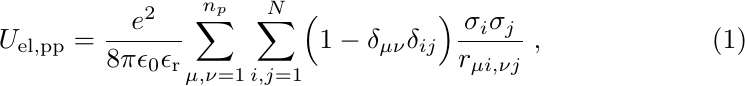
\begin{equation}
U_{\rm el,pp} =
\frac {e^2}{8\pi\epsilon_{0}\epsilon_{\rm r}}
{\sum_{\mu,\nu=1}^{n_{p}}\sum_{i,j =1}^{N}}
\Bigl(1 - \delta_{\mu\nu}\delta_{ij}\Bigr)
\frac {\sigma_i\sigma_j}{r_{{\mu}i,{\nu}j}}
\; ,
\end{equation}